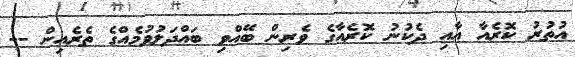
އުތުރު ކޮރެއާ އާއި ދެކުނު ކޮރެއާގެ ވެރިން ބޭއްވި ބައްދަލުވުމެއްގެ ތެރެއިން --